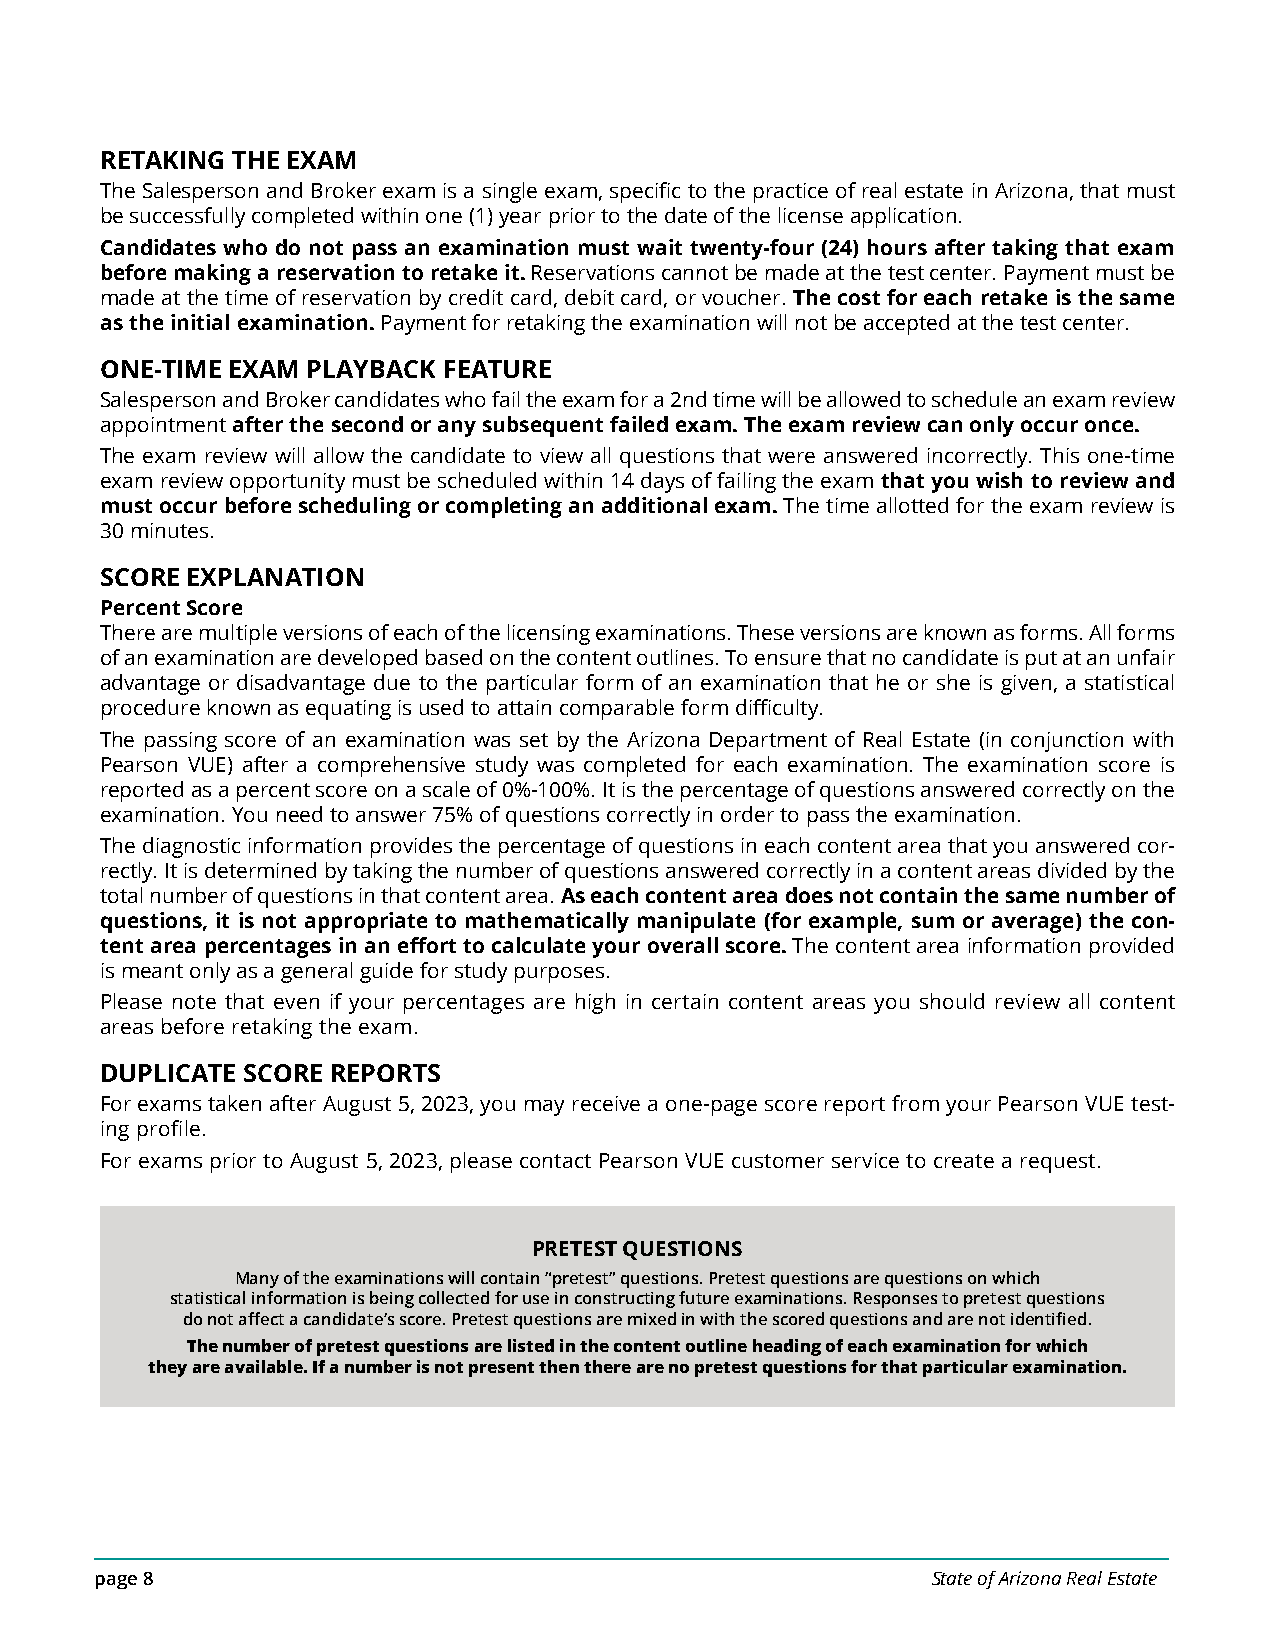
RETAKING THE EXAM
 The Salesperson and Broker exam is a single exam, specific to the practice of real estate in Arizona, that must
 be successfully completed within one (1) year prior to the date of the license application.
 Candidates who do not pass an examination must wait twenty-four (24) hours after taking that exam
 before making a reservation to retake it. Reservations cannot be made at the test center. Payment must be
 made at the time of reservation by credit card, debit card, or voucher. The cost for each retake is the same
 as the initial examination. Payment for retaking the examination will not be accepted at the test center.
 ONE-TIME EXAM PLAYBACK FEATURE
 Salesperson and Broker candidates who fail the exam for a 2nd time will be allowed to schedule an exam review
 appointment after the second or any subsequent failed exam. The exam review can only occur once.
 The exam review will allow the candidate to view all questions that were answered incorrectly. This one-time
 exam review opportunity must be scheduled within 14 days of failing the exam that you wish to review and
 must occur before scheduling or completing an additional exam. The time allotted for the exam review is
 30 minutes.
 SCORE EXPLANATION
 Percent Score
 There are multiple versions of each of the licensing examinations. These versions are known as forms. All forms
 of an examination are developed based on the content outlines. To ensure that no candidate is put at an unfair
 advantage or disadvantage due to the particular form of an examination that he or she is given, a statistical
 procedure known as equating is used to attain comparable form difficulty.
 The passing score of an examination was set by the Arizona Department of Real Estate (in conjunction with
 Pearson VUE) after a comprehensive study was completed for each examination. The examination score is
 reported as a percent score on a scale of 0%-100%. It is the percentage of questions answered correctly on the
 examination. You need to answer 75% of questions correctly in order to pass the examination.
 The diagnostic information provides the percentage of questions in each content area that you answered cor-
 rectly. It is determined by taking the number of questions answered correctly in a content areas divided by the
 total number of questions in that content area. As each content area does not contain the same number of
 questions, it is not appropriate to mathematically manipulate (for example, sum or average) the con-
 tent area percentages in an effort to calculate your overall score. The content area information provided
 is meant only as a general guide for study purposes.
 Please note that even if your percentages are high in certain content areas you should review all content
 areas before retaking the exam.
 DUPLICATE SCORE REPORTS
 For exams taken after August 5, 2023, you may receive a one-page score report from your Pearson VUE test-
 ing profile.
 For exams prior to August 5, 2023, please contact Pearson VUE customer service to create a request.
 PRETEST QUESTIONS
 Many of the examinations will contain “pretest” questions. Pretest questions are questions on which
 statistical information is being collected for use in constructing future examinations. Responses to pretest questions
 do not affect a candidate’s score. Pretest questions are mixed in with the scored questions and are not identified.
 The number of pretest questions are listed in the content outline heading of each examination for which
 they are available. If a number is not present then there are no pretest questions for that particular examination.
 page 8                                                  State of Arizona Real Estate